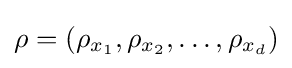
\rho =(\rho _{x_{1}},\rho _{x_{2}},\dots ,\rho _{x_{d}})